Vaccination in the Punjab 1883-1896 - 1883-1896
Year: 1883
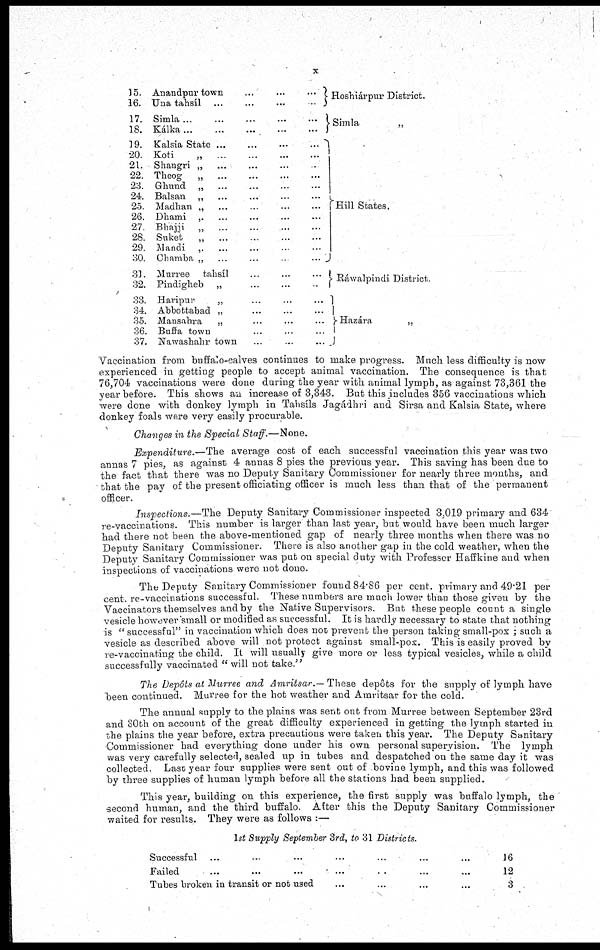
x
15.
16.
17.
18.
19.
20.
21.
22.
23.
24.
25.
26.
27.
28.
29.
30.
31.
32.
33.
34
35.
36.
37.
Anandpur town
...
...
...
Una tahsíl ...
...
...
...
Simla ...
...
...
...
...
Kálka
...
...
...
...
...
Kalsia State ... ... ... ...
Koti
„
..
...
...
...
Shangri „ ... ... ... ...
Theog
„
...
...
...
...
Ghund „ ... ... ... ...
Balsan „ ... ... ... ...
Madhan „ ... ... ... ...
Dhami „ ... ... ... ...
Bhajji „ ...
...
...
...
Suket
„ ... ... ... ...
Mandi „ ... ... ... ...
Chamba „ ...
...
...
...
Murree tahsíl
...
...
...
Pindigheb „
...
...
..
Haripur
„ ... ... ...
Abbottabad „ ... ... ...
Mansahra
„ ... ... ...
Buffa town ... ... ...
Nawashahr town ... ... ...
Hoshiárpur District.
Simla
„
Hill States.
Ráwalpindi District.
Hazára
„
Vaccination from buffalo-calves continues to make progress. Much less difficulty is now
experienced in getting people to accept animal vaccination. The consequence is that
76,704 vaccinations were done during the year with animal lymph, as against 73,361 the
year before. This shows an increase of 3,343. But this includes 356 vaccinations which
were done with donkey lymph in Tahsíls Jagádhri and Sirsa and Kalsia State, where
donkey foals were very easily procurable.
Changes in the Special Staff.—None.
Expenditure.—The
average cost of each successful vaccination this year was two
annas 7 pies, as against 4 annas 8 pies the previous year. This saving has been due to
the fact that there was no Deputy Sanitary Commissioner for nearly three months, and
that the pay of the present officiating officer is much less than that of the permanent
officer.
Inspections.—The Deputy Sanitary Commissioner inspected 3,019 primary and 634
re-vaccinations. This number is larger than last year, but would have been much larger
had there not been the above-mentioned gap of nearly three months when there was no
Deputy Sanitary Commissioner. There is also another gap in the cold weather, when the
Deputy Sanitary Commissioner was put on special duty with Professor Haffkine and when
inspections of vaccinations were not done.
The Deputy Sanitary Commissioner found 84.86 per cent. primary and 49.21 per
cent. re-vaccinations successful. These numbers are much lower than those given by the
Vaccinators themselves and by the Native Supervisors. But these people count a single
vesicle however small or modified as successful. It is hardly necessary to state that nothing
is " successful" in vaccination which does not prevent the person taking small-pox ; such a
vesicle as described above will not protect against small-pox. This is easily proved by
re-vaccinating the child. It will usually give more or less typical vesicles, while a child
successfully vaccinated " will not take."
The Depôts at Murree and Amritsar.— These depots for the supply of lymph have
been continued. Murree for the hot weather and Amritsar for the cold.
The annual supply to the plains was sent out from Murree between September 23rd
and 30th on account of the great difficulty experienced in getting the lymph started in
the plains the year before, extra precautions were taken this year. The Deputy Sanitary
Commissioner had everything done under his own personal supervision. The lymph
was very carefully selected, sealed up in tubes and despatched on the same day it was
collected. Last year four supplies were sent out of bovine lymph, and this was followed
by three supplies of human lymph before all the stations had been supplied.
This year, building on this experience, the first supply was buffalo lymph, the
second human, and the third buffalo. After this the Deputy Sanitary Commissioner
waited for results. They were as follows :—
1st Supply September 3rd, to 31 Districts.
Successful ... ... ... ... ... ... ...
Failed ... ... ... ... ... ... ...
Tubes broken in transit or not used ... ... ... ...
16
12
3